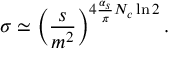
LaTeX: \sigma \simeq \left( { \frac { s } { m ^ { 2 } } } \right) ^ { 4 { \frac { \alpha _ { s } } { \pi } } N _ { c } \ln 2 } .